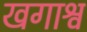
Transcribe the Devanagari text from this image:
खगाश्व